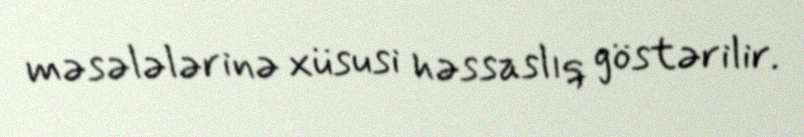
məsələlərinə xüsusi həssaslıq göstərilir.